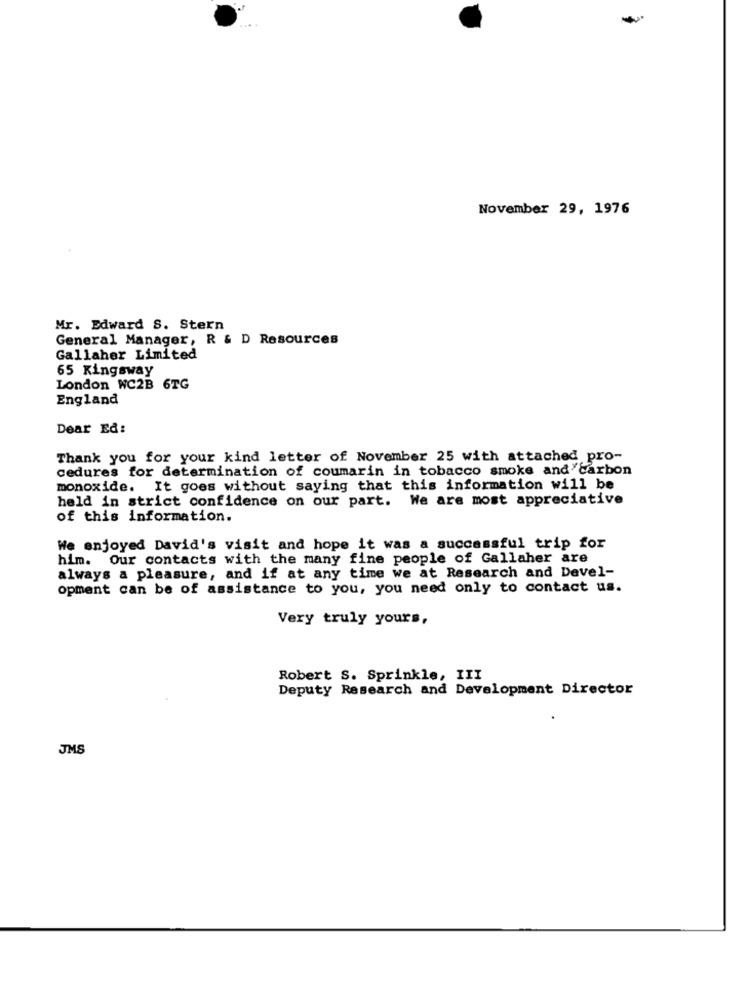
November 29, 1976
Mr. Edward S. Stern
General Manager, R & D Resources
Gallaher Limited
65 Kingsway
London WC2B 6TG
England
Dear Ed:
Thank you for your kind letter of November 25 with attached pro-
cedures for determination of coumarin in tobacco smoke and carbon
monoxide. It goes without saying that this information will be
held in strict confidence on our part. We are most appreciative
of this information.
We enjoyed David's visit and hope it was a successful trip for
him. Our contacts with the many fine people of Gallaher are
always a pleasure, and if at any time we at Research and Devel-
opment can be of assistance to you, you need only to contact us.
Very truly yours,
Robert S. Sprinkle, III
Deputy Research and Development Director
JMS